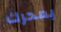
بمحرك